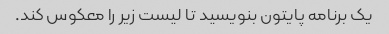
یک برنامه پایتون بنویسید تا لیست زیر را معکوس کند.